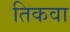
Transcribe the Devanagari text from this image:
तिकवा